Annual report on the lock hospitals of the Madras Presidency
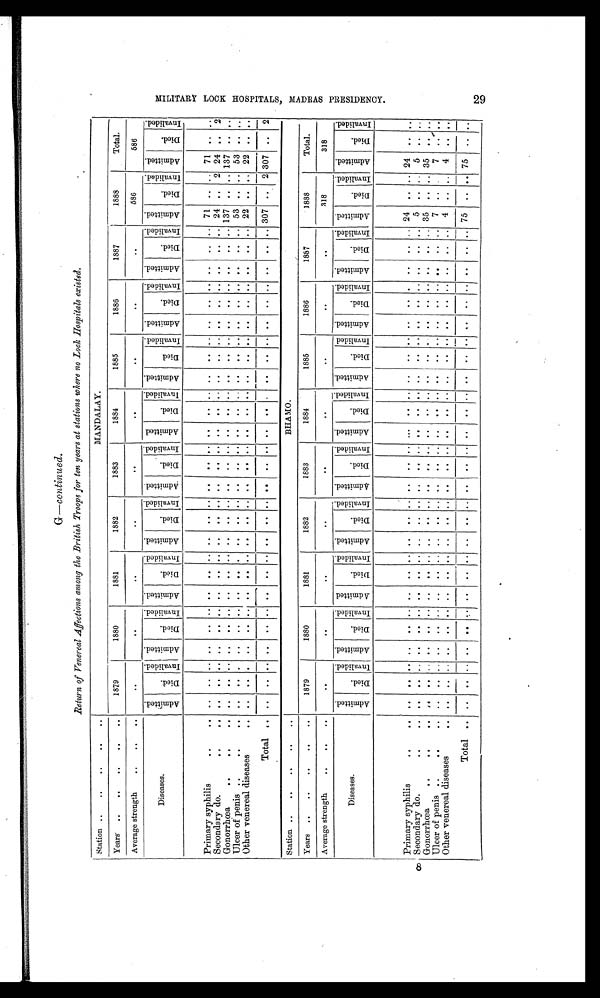
p8G
G —continued.
Return of Venereal Affections among the British Troops for ten years at stations where no Lock Hospitals existed.
Station ..
.
. . .
. .
. .
MANDALAY.
Years ..
.
. . .
. .
. .
1879
1880
1881
1882
1883
1884
1885
1886
1887
1888
Total.
Average strength
. .
. .
. .
. .
. .
..
.
.
. .
. .
. .
. .
..
586
586
Diseases
A d m i t t e d
D i e d
Invalided.
A d m i t t e d .
D i e d .
I n v a l i d e d . A d m i t t e d
D i e d .
I nval i ded.
A d m i t t e d .
D i e d .
I nval i ded.
A d m i t t e r d .
D i e d .
I n v s l i d e d . A d m i t t e d .
D i e d .
I n v a l i d e d .
A d m i t t e d .
D i e d .
I n v a l i d e d .
A d m i t t e d .
D i e d .
I nval i ded.
A d m i t t e d .
D i e d .
I n v a l i d e d .
A d m i t t e d .
D i e d
I n v a l i d e d .
Admitted.
D i e d .
I n v a l i d e d .
Primary syphilis
. .
. . ..
.. .. ..
.. .. . .
.. . . . .
. . .. . .
.
. . . . .
. . .. . .
. . . . . .
. . . . . .
. . .. 71 . . .. 71 . . ..
Secondary do.
. . . . . . .
. .
..
. .
. .
. .
. .
. .
..
. .
..
. .
. .
.
. . .
. .
. .
. .
. .
. .
. .
. .
. .
..
. .
. .
..
24 ..
2 24 . .
2
Gonorrhœa
. .
. .
. .
. .
. .
. .
. .
. .
. . . .
. .
. .
. .
. .
. .
. .
.
. . .
. .
. .
. .
. .
. .
..
. .
. .
. .
. .
. .
. . 137 . . .. 137 . . . .
Ulcer of penis ..
..
. .
. .
..
.
. .
..
. . . .
. . .
. .
. . .. . .
. . . .
. .
. .
. .
.
. .
. . . .
. .
..
. .
. .
. .
53 .. .. 53 .. . .
Other venereal diseases
. . . .
.. .
. .
. .
. .
. .
. .
. .
. .
. .
. .
.
.
. . . .
. .
. .
..
. .
. .
. .
. .
. . . . . .
. . . . 22 . . . . 22 . . ..
Total .. . . . . . . . .
. . . . . .
. .
. .
. .
. .
..
. .
. .
. . . .
. .
.
. .
. .
. .
. .
. .
..
. .
. .
. . 307 . .
2 307 . .
2
Station ..
. .
. .
. .
. .
BHAMO .
Years ..
..
..
. .
. .
1879
1880
1881
1882
1883
1884
1885
1886
1887
1888
Total.
Average strength
..
. .
. .
.
. .
. .
.
.
. .
. .
. .
.
.
. .
318
318
Diseases.
A d m i t t e d .
D i e d .
I nval i ded.
A d m i t t e d .
D i e d .
I n v a l i d e d .
A d m i t t e d .
D i e d .
I nval i ded.
A d m i t t e d .
D i e d .
I n v a l i d e d .
A d m i t t e d .
D i e d .
I n v a l i d e d .
A d m i t t e d .
D i e d .
I n v a l i d e d .
A d m i t t e d .
D i e d .
I n v a l i d e d .
A d m i t t e d .
D i e d .
I n v a l i d e d .
A d m i t t e d .
D i e d .
I n v a l i d e d
A d m i t t e d .
D i e d .
I n v a l i d e d . Admitted.
D i e d .
I n v a l i d e d .
Primary syphilis
. . . .
. .
. .
. .
..
..
. .
. .
. .
. .
. .
. .
. .
. .
. .
.
. . .
. . .
. .
..
. .
. .
. .
. .
. .
.
. .
. .
. .
24
.. . .. . 24
. .
. .
S econdary do.
. .
. .
. .
. .
. .
. .
. .
. .
. .
. .
. .
. .
. .
..
. .
..
. .
..
. .
..
..
.
..
..
..
..
.
..
.
5 . . . .
5
..
. .
Gonorrhœa
. .
. .
. .
. .
. .
..
..
. .
. .
. .
..
..
. .
. .
..
. .
. . . .
. .
. . ..
. .
. .
. . . .
. .
. .
. .
. .
. .
35
.. ..
35
. .
.
Ulcer of penis ..
. . .
. . .. ..
. .
. . .. ..
. . .. ..
. .
. .
. .
.
.
.
.
. .
. .
..
. .
. .
. .
. .
. .
. .
. .
. .
. .
7 . .
. .
7
. .
. .
O t h e r v e n e r e a l d i s e a s e s . . .
. .
. . ..
. .
. .
. .
. .
. . ..
. .
. . ..
. .
..
. .
. .
. . ..
. .
. .
. .
. .
. . ..
. .
. .
. .
4 . . . .
4 . .
. .
Total . .
. .
. .
. .
. .
. .
.
.
. .
. .
. .
. .
. .
.
. .
..
. .
. .
. .
..
. .
..
..
..
..
..
. .
. .
..
75
. .
..
75
..
. .
M I I L I T A R Y L O C K H O S P I T A L S , M A D R A S P R E S I D E Y